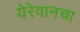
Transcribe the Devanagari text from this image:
येरेवानचा